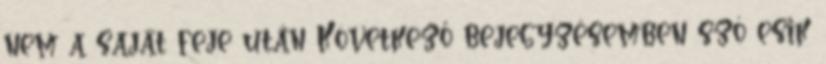
nem a saját feje után Következő bejegyzésemben szó esik